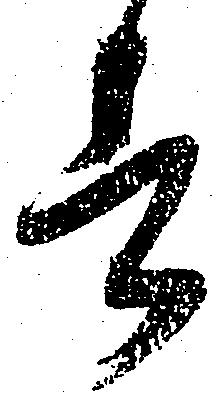
者